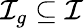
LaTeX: \mathcal{I}_{g}\subseteq\mathcal{I}